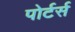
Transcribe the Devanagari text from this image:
पोर्टर्स